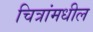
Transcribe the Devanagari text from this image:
चित्रांमधील